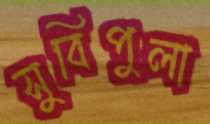
সুবিপুলা